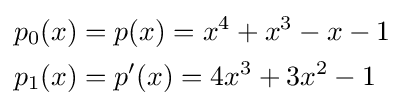
{\begin{aligned}p_{0}(x)&=p(x)=x^{4}+x^{3}-x-1\\p_{1}(x)&=p'(x)=4x^{3}+3x^{2}-1\end{aligned}}